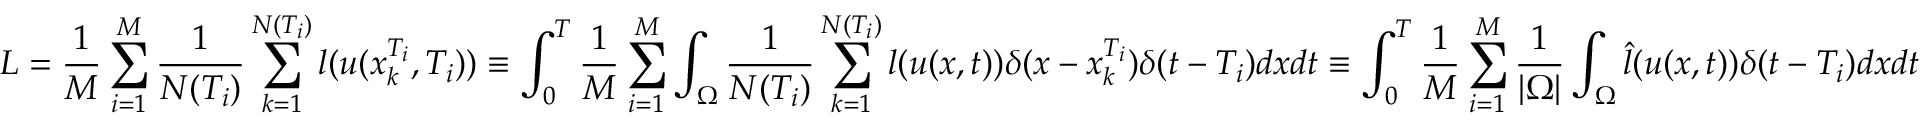
L = \frac { 1 } { M } \sum _ { i = 1 } ^ { M } \frac { 1 } { N ( T _ { i } ) } \sum _ { k = 1 } ^ { N ( T _ { i } ) } l ( u ( x _ { k } ^ { T _ { i } } , T _ { i } ) ) \equiv \int _ { 0 } ^ { T } \frac { 1 } { M } \sum _ { i = 1 } ^ { M } \int _ { \Omega } \frac { 1 } { N ( T _ { i } ) } \sum _ { k = 1 } ^ { N ( T _ { i } ) } l ( u ( x , t ) ) \delta ( x - x _ { k } ^ { T _ { i } } ) \delta ( t - T _ { i } ) d x d t \allowbreak \equiv \int _ { 0 } ^ { T } \frac { 1 } { M } \sum _ { i = 1 } ^ { M } \frac { 1 } { | \Omega | } \int _ { \Omega } \hat { l } ( u ( x , t ) ) \delta ( t - T _ { i } ) d x d t